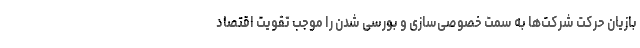
بازیان حرکت شرکت‌ها به سمت خصوصی‌سازی و بورسی شدن را موجب تقویت اقتصاد